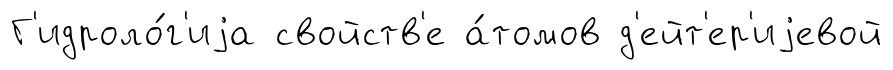
Г'идроло́г'иjа свойств'е а́томов д'ейт'ер'иjевой